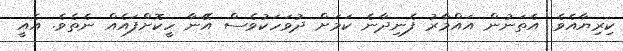
ކިރިޔާއެވެ. އެތަނުން އައްމާރު ފެނިދާނެ ކަމަށް ދުވަހަކުވެސް އޭނާ ހީކޮށްފައެއް ނެތެވެ. އެއީ